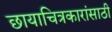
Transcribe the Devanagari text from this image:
छायाचित्रकारांसाठी